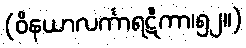
(ဝိနယာလင်္ကာရဋီကာ၊၅၂။)